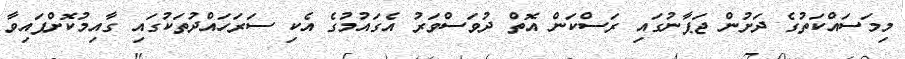
މިމަސައްކަތުގެ ދަށުން ޖަޕާނުގައި ރަސްކަން އޮތް ދުވަސްވަރު އެގައުމުގެ އެކި ސަރަހައްދުތަކުގައި ގާއިމުކޮށްފައިވާ